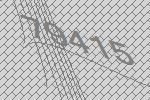
79415